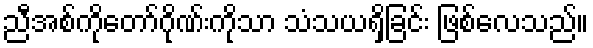
ညီအစ်ကိုတော်ဂိုဏ်းကိုသာ သံသယရှိခြင်း ဖြစ်လေသည်။